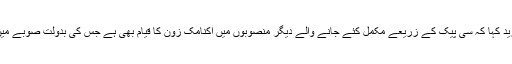
صوبائی وزیر برائے منصوبہ بندی نے مزید کہا کہ سی پیک کے زریعے مکمل کئے جانے والے دیگر منصوبوں میں اکنامک زون کا قیام بھی ہے جس کی بدولت صوبے میں کاروباری سرگرمیوں کو عروج ملے گا۔